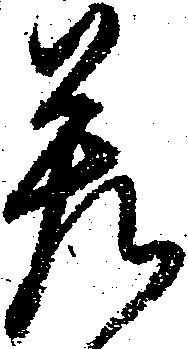
差